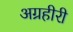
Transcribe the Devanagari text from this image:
अग्रहीरी